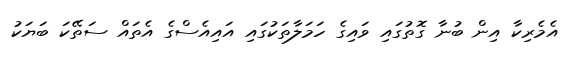
އެމެރިކާ އިން ބުނާ ގޮތުގައި ވައިގެ ހަމަލާތަކުގައި އައިއެސްގެ އެތައް ސަތޭކަ ބަޔަކު